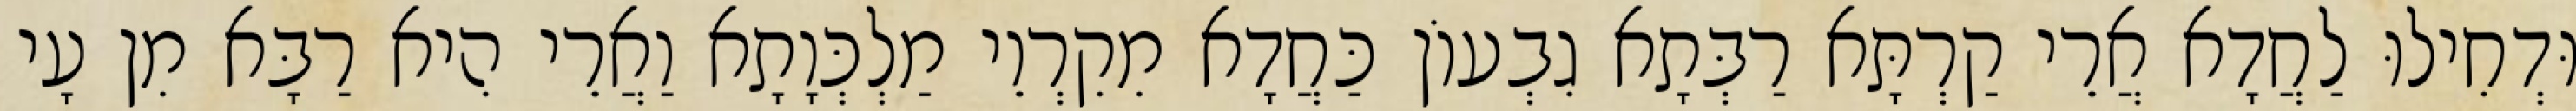
וּדְחִילוּ לַחֲדָא אֲרֵי קַרְתָּא רַבְּתָא גִבְעוֹן כַּחֲדָא מִקִרְוֵי מַלְכְּוָתָא וַאֲרֵי הִיא רַבָּא מִן עָי